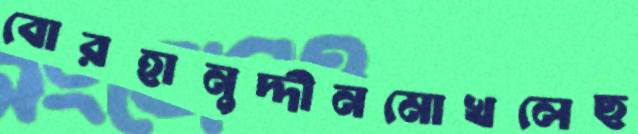
বোরহানুদ্দীনমোখলেছ